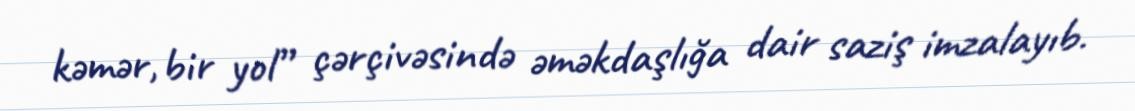
kəmər, bir yol” çərçivəsində əməkdaşlığa dair saziş imzalayıb.